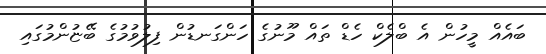
ބައެއް މީހުން އެ ބްލެކް ހެޑް ތައް މޫނުގެ ހަންގަނޑުން ފިލުވުމުގެ ބޭޏުންމުގައި